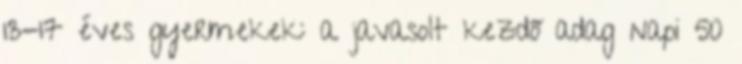
13-17 éves gyermekek: a javasolt kezdő adag napi 50